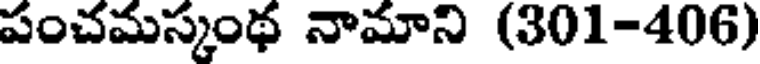
పంచమస్కంథ నామాని (301-406)